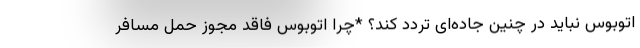
اتوبوس نباید در چنین جاده‌ای تردد کند؟ *چرا اتوبوس فاقد مجوز حمل مسافر